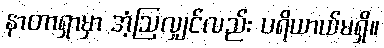
နာတာရှာမှာ အံ့ဩလျှင်လည်း ပရိယာယ်မရှိ။